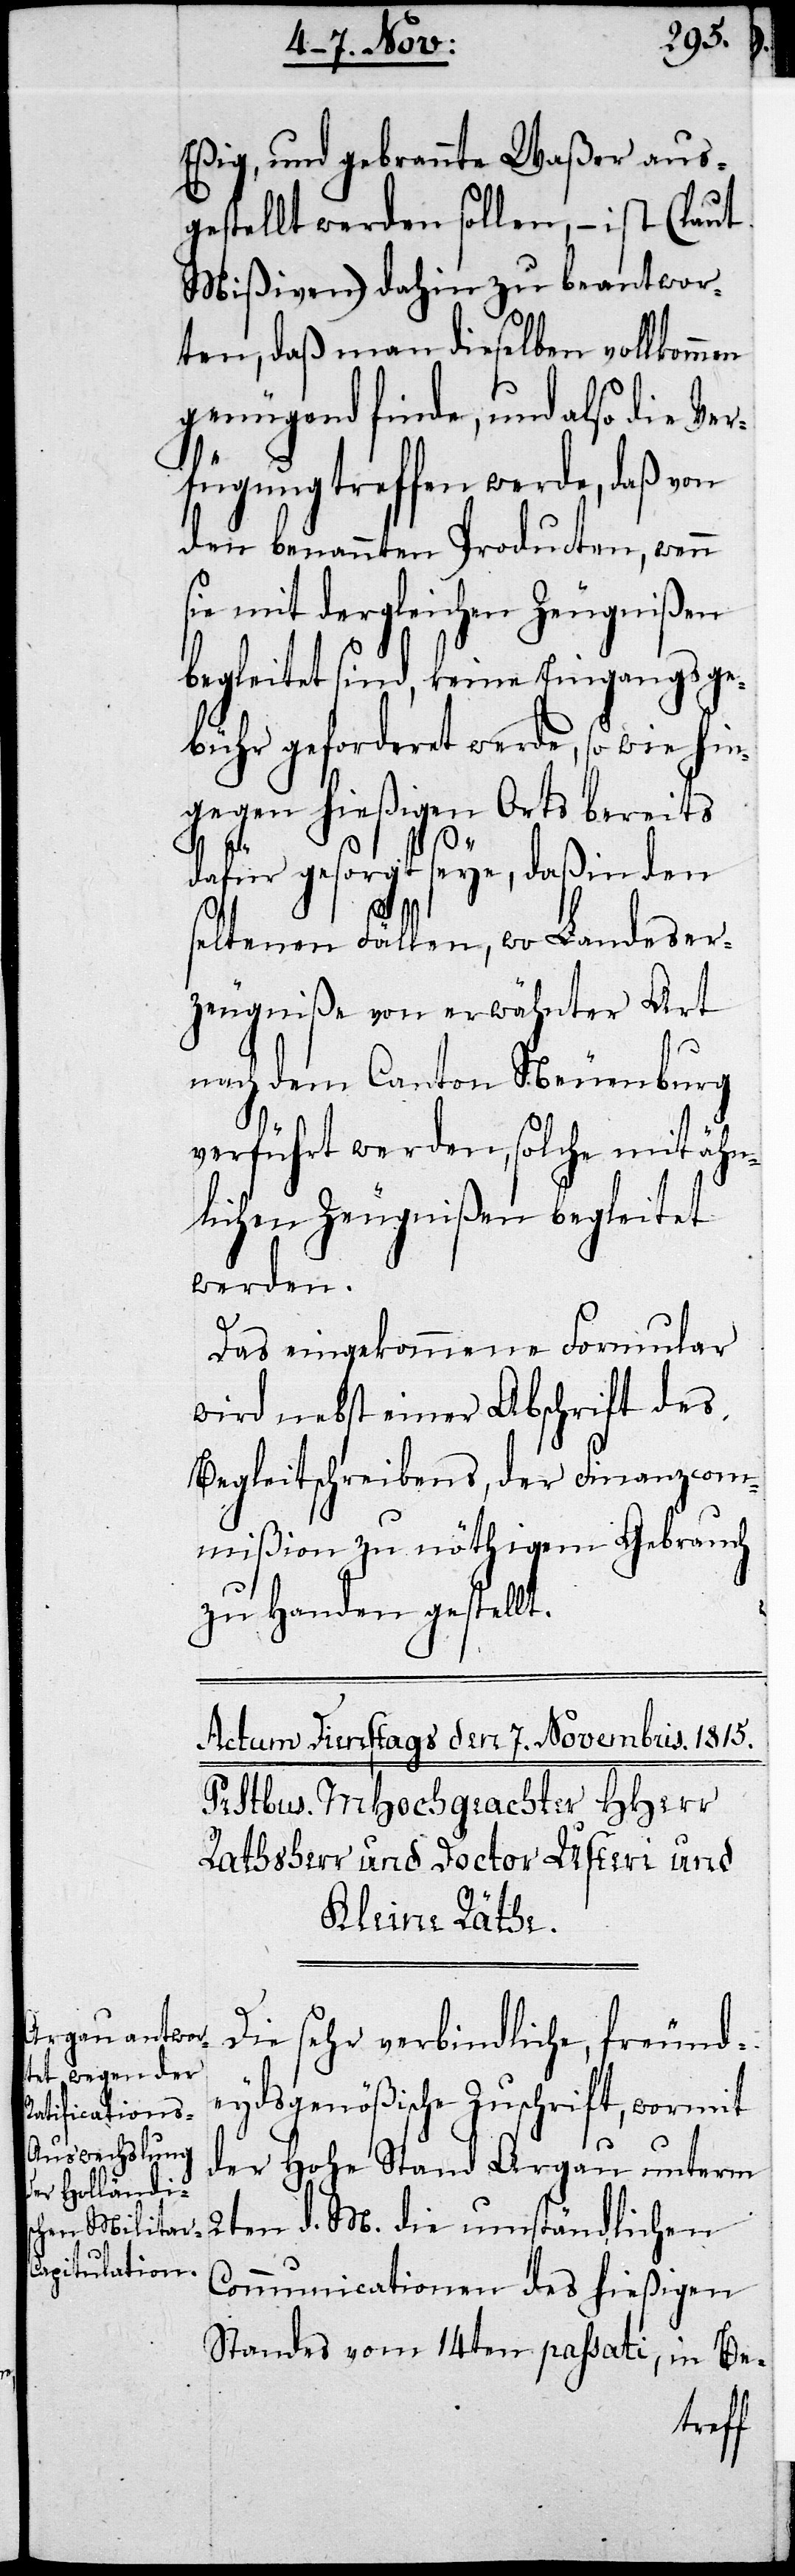
Eßig, und gebrannte Waßer aus¬
gestellt werden sollen, – ist (laut
Mißiven) dahin zu be	antwor¬
ten, daß man dieselben vollkommen
genügend finde, und also die Ver¬
fügung treffen werde, daß von
den benannten Producten, wenn
sie mit dergleichen Zeugnißen
begleitet sind, keine Eingangsge¬
bühr geforderet werde, sowie hin¬
gegen hießigen Orts bereits
dafür gesorgt seye, daß in den
seltenen Fällen, wo Landeser¬
zeugniße von erwähnter Art
nach dem Canton Neuenburg
verfügt werden, solche mit ähn¬
lichen Zeugnißen begleitet
werden.
Das eingekommene Formular
wird nebst einer Abschrift des
Begleitschreibens, der Finanzcom¬
mißion zu nöthigem Gebrauch
zu Handen gestellt.
Die sehr verbindliche, freund¬
eydsgenößische Zuschrift, wormit
der Hohe Stand Argau unterm
2ten d. M. die umständlichen
Communicationen des hießigen
Standes vom 14ten passati, in Be-